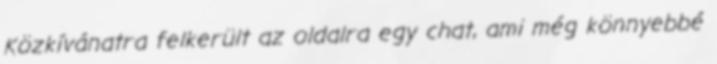
Közkívánatra felkerült az oldalra egy chat, ami még könnyebbé